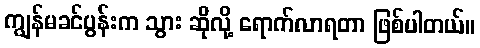
ကျွန်မခင်ပွန်းက သွား ဆိုလို့ ရောက်လာရတာ ဖြစ်ပါတယ်။